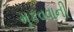
મૂકવવાની